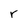
Character: r